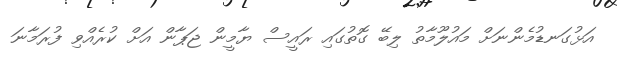
އަޅުގަނޑުމެންނަށް މައުލޫމާތު ލިބޭ ގޮތުގައި ރައީސް ޔާމީން ޖަޕާން އަށް ކުރެއްވި ފުރަމާނަ